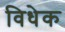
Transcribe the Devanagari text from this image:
विधेक